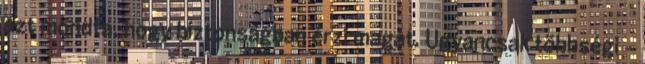
azt mondta, hogy biztonságban érzi magát. Ugyancsak többségi -